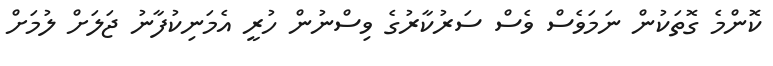
ކޮންމެ ގޮތަކުން ނަމަވެސް ވެސް ސަރުކާރުގެ ވިސްނުން ހުރީ އެމަނިކުފާނު ޖަލަށް ލުމަށް